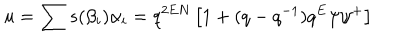
LaTeX: u = \sum s ( \beta _ { i } ) \alpha _ { i } = q ^ { 2 E N } \left[ 1 + ( q - q ^ { - 1 } ) q ^ { E } \psi \psi ^ { + } \right]